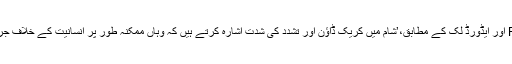
بان کی مون کے خصوصی مشیران Francis Deng اور ایڈورڈ لُک کے مطابق،’شام میں کریک ڈاؤن اور تشدد کی شدت اشارہ کرتے ہیں کہ وہاں ممکنہ طور پر انسانیت کے خلاف جرائم کا ارتکاب کیا گیا ہے اور اس کا سلسلہ جاری ہے۔